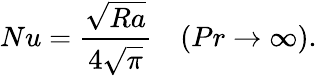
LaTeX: Nu=\frac{\sqrt{Ra}}{4\sqrt{\pi}}\quad(Pr\to\infty).